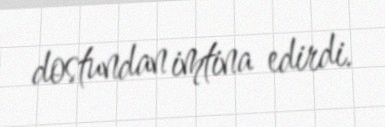
dostundan imtina edirdi.